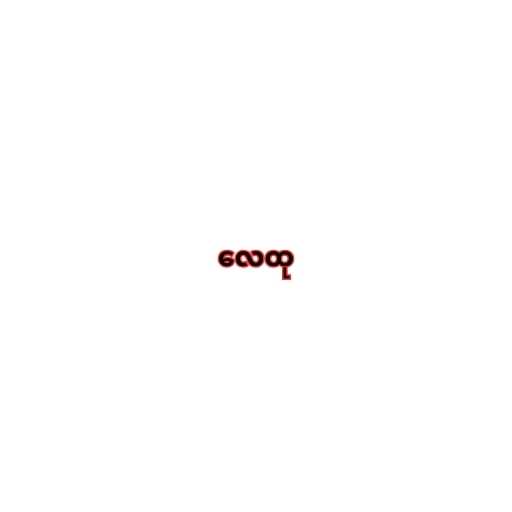
လေထု